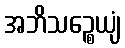
အဘိသဉ္စေယျံ